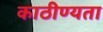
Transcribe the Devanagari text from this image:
काठीण्‍यता